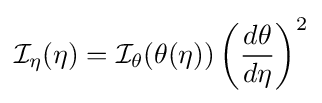
{\mathcal {I}}_{\eta }(\eta )={\mathcal {I}}_{\theta }(\theta (\eta ))\left({\frac {d\theta }{d\eta }}\right)^{2}